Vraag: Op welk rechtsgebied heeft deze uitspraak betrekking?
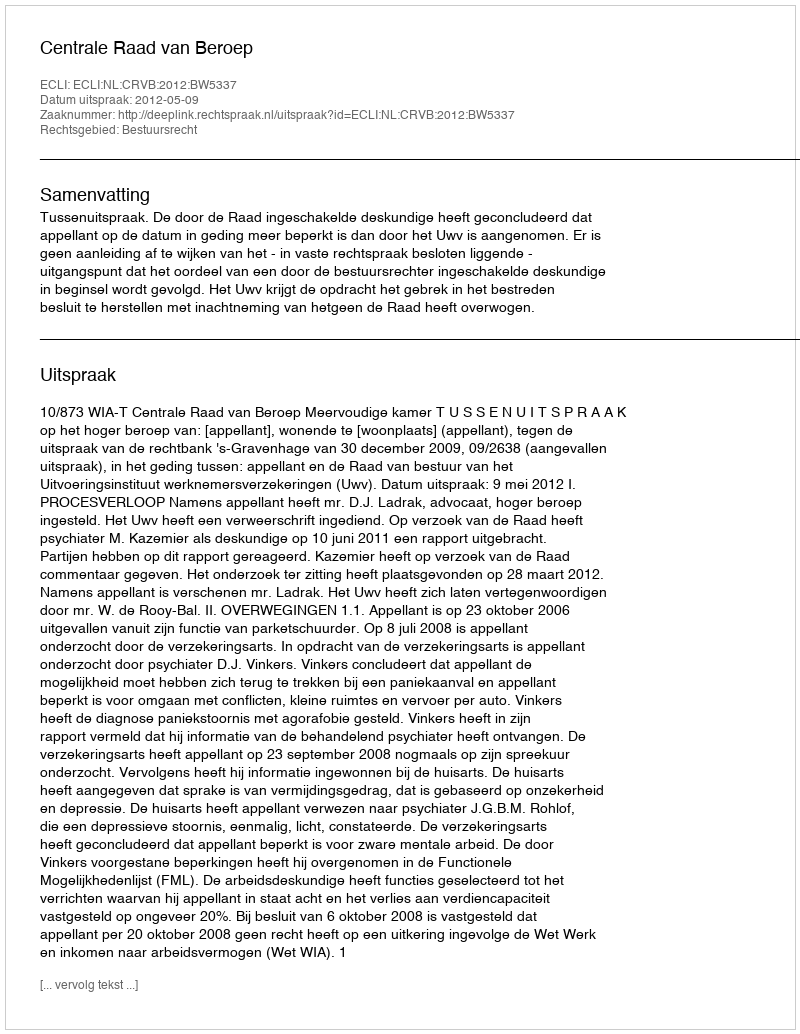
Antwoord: Bestuursrecht